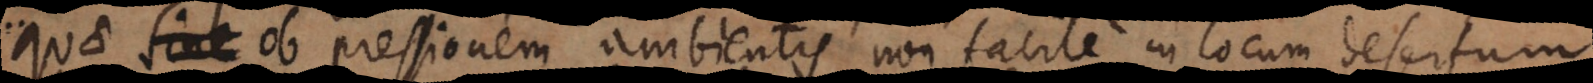
quae ob pressionem ambientis, non facile in locum desertum